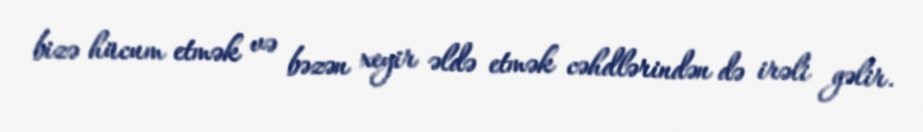
bizə hücum etmək və bəzən xeyir əldə etmək cəhdlərindən də irəli gəlir.